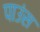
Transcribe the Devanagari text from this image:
पाउंस